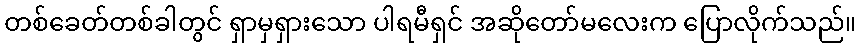
တစ်ခေတ်တစ်ခါတွင် ရှာမှရှားသော ပါရမီရှင် အဆိုတော်မလေးက ပြောလိုက်သည်။